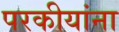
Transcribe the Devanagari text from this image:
परकीयांना